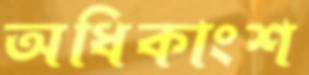
অধিকাংশ